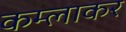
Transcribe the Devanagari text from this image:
कम्लाकर